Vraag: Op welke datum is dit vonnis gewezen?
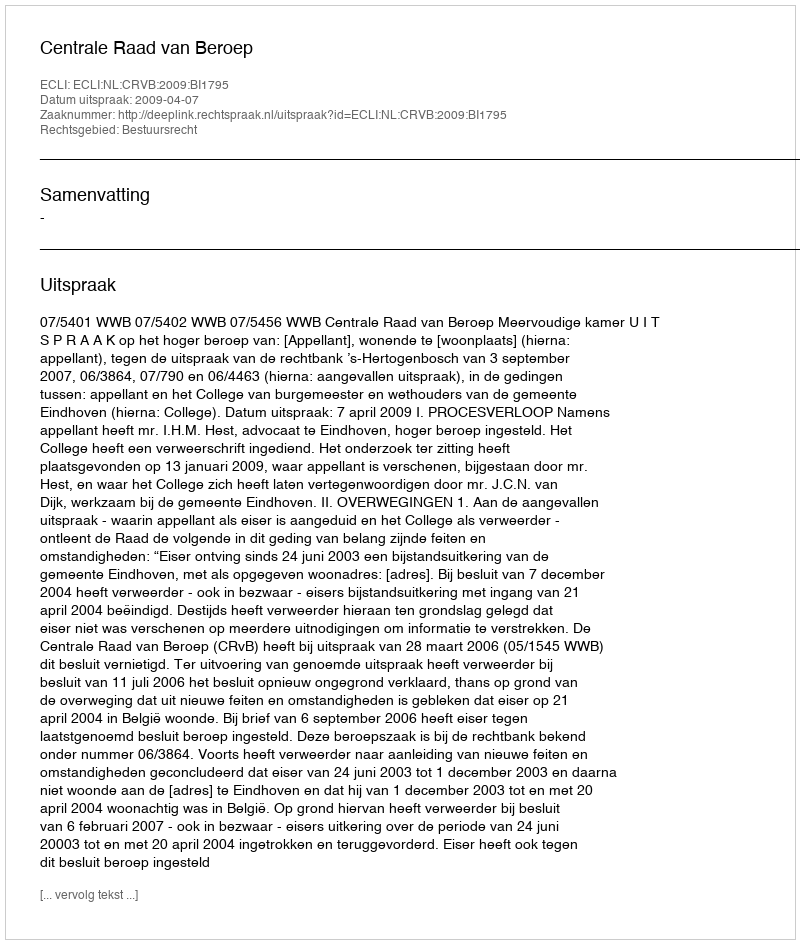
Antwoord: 2009-04-07